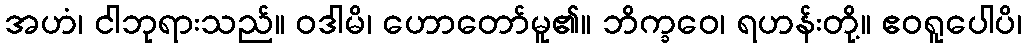
အဟံ၊ ငါဘုရားသည်။ ဝဒါမိ၊ ဟောတော်မူ၏။ ဘိက္ခဝေ၊ ရဟန်းတို့။ ဧဝရူပေါပိ၊